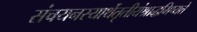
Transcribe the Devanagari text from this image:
संचयनस्यार्थेतृतीयंश्राद्धमिष्यते